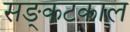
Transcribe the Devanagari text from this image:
सङ्कटकाल